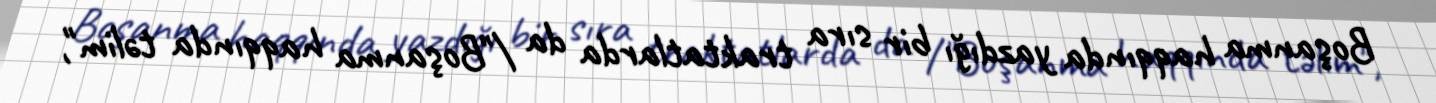
Boşanma haqqında yazdığı bir sıra traktatlarda da /"Boşanma haqqında təlim",